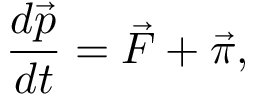
\frac { d \vec { p } } { d t } = \vec { F } + \vec { \pi } ,